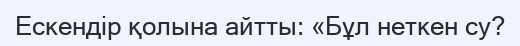
Ескендір қолына айтты: «Бұл неткен су?